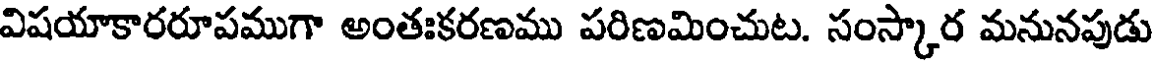
విషయాకారరూపముగా అంతఃకరణము పరిణమించుట. సంస్కార మనునపుడు